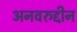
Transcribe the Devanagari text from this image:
अनवरुद्दीन